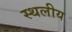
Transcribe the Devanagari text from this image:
स्‍थलीय